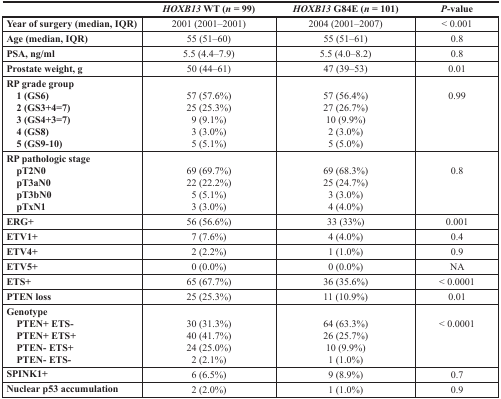
<table><thead><tr><td></td><td><b><i>HOXB13</i> WT (<i>n</i> = 99)</b></td><td><b><i>HOXB13</i> G84E (<i>n</i> = 101)</b></td><td><b><i>P</i>-value</b></td></tr></thead><tbody><tr><td><b>Year of surgery (median, IQR)</b></td><td>2001 (2001–2001)</td><td>2004 (2001–2007)</td><td>&lt; 0.001</td></tr><tr><td><b>Age (median, IQR)</b></td><td>55 (51–60)</td><td>55 (51–61)</td><td>0.8</td></tr><tr><td><b>PSA, ng/ml</b></td><td>5.5 (4.4–7.9)</td><td>5.5 (4.0–8.2)</td><td>0.8</td></tr><tr><td><b>Prostate weight, g</b></td><td>50 (44–61)</td><td>47 (39–53)</td><td>0.01</td></tr><tr><td><b>RP grade group</b><b> 1 (GS6)</b><b> 2 (GS3+4=7)</b><b> 3 (GS4+3=7)</b><b> 4 (GS8)</b><b> 5 (GS9-10)</b></td><td>57 (57.6%)25 (25.3%)9 (9.1%)3 (3.0%)5 (5.1%)</td><td>57 (56.4%)27 (26.7%)10 (9.9%)2 (3.0%)5 (5.0%)</td><td>0.99</td></tr><tr><td><b>RP pathologic stage</b><b> pT2N0</b><b> pT3aN0</b><b> pT3bN0</b><b> pTxN1</b></td><td>69 (69.7%)22 (22.2%)5 (5.1%)3 (3.0%)</td><td>69 (68.3%)25 (24.7%)3 (3.0%)4 (4.0%)</td><td>0.8</td></tr><tr><td><b>ERG+</b></td><td>56 (56.6%)</td><td>33 (33%)</td><td>0.001</td></tr><tr><td><b>ETV1+</b></td><td>7 (7.6%)</td><td>4 (4.0%)</td><td>0.4</td></tr><tr><td><b>ETV4+</b></td><td>2 (2.2%)</td><td>1 (1.0%)</td><td>0.9</td></tr><tr><td><b>ETV5+</b></td><td>0 (0.0%)</td><td>0 (0.0%)</td><td>NA</td></tr><tr><td><b>ETS+</b></td><td>65 (67.7%)</td><td>36 (35.6%)</td><td>&lt; 0.0001</td></tr><tr><td><b>PTEN loss</b></td><td>25 (25.3%)</td><td>11 (10.9%)</td><td>0.01</td></tr><tr><td><b>Genotype</b><b> PTEN+ ETS-</b> <b>PTEN+ ETS+</b><b> PTEN- ETS+</b><b> PTEN- ETS-</b></td><td>30 (31.3%)40 (41.7%)24 (25.0%)2 (2.1%)</td><td>64 (63.3%)26 (25.7%)10 (9.9%)1 (1.0%)</td><td>&lt; 0.0001</td></tr><tr><td><b>SPINK1+</b></td><td>6 (6.5%)</td><td>9 (8.9%)</td><td>0.7</td></tr><tr><td><b>Nuclear p53 accumulation</b></td><td>2 (2.0%)</td><td>1 (1.0%)</td><td>0.9</td></tr></tbody></table>